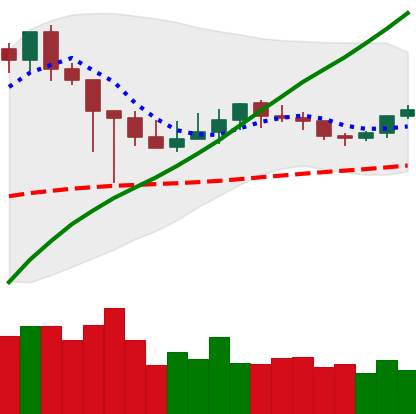
Ticker: XMR-USD
Chart end date: 2021-03-09
Forward return: 3.517%
Label: up_3_5